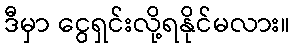
ဒီမှာ ငွေရှင်းလို့ရနိုင်မလား။